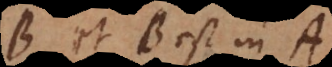
B et B est in A